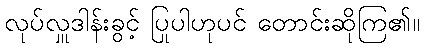
လုပ်လှူဒါန်းခွင့် ပြုပါဟုပင် တောင်းဆိုကြ၏။